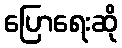
ပြောရေးဆို